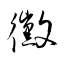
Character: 黴